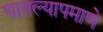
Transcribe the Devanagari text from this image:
घातल्यापमाणे